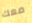
معك